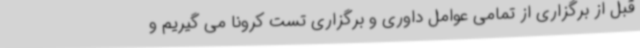
قبل از برگزاری از تمامی عوامل داوری و برگزاری تست کرونا می گیریم و